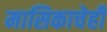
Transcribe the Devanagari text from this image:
मासिकाचेही